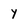
Character: y